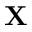
\mathbf { X }